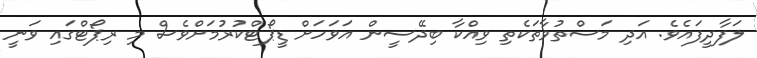
ލަފާދީފައެވެ. އަދި މަސްތުވާތަކެތި ވިއްކާ ބިދޭސީން އަވަހަށް ޑީޕޯޓްކުރުމަށްވެސް މި ރިޕޯޓްގައި ވަނީ